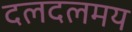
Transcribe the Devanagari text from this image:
दलदलमय